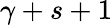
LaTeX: \gamma+s+1